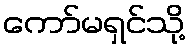
ကော်မရှင်သို့